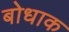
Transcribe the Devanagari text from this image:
बोधाक